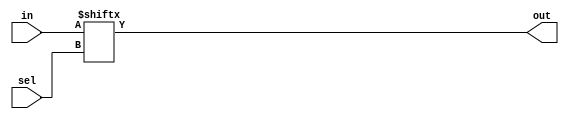
module MUX_2x1(out, in, sel);
    output out;
    input [1:0] in;
    input sel;
    assign out = in[sel];
endmodule

module MUX_8x1(out, in, sel);
    output out;
    input [7:0] in;
    input [2:0] sel;
    assign out = in[sel];
endmodule

module MUX_ARRAY(out, in, sel);
    output [7:0] out;
    input [7:0] in, sel;
    genvar i;
    parameter n = 8;
    generate
        for(i=0; i<n; i=i+1)
            MUX_2x1 m(out[i], {in[i], 1'b0}, sel[i]);
    endgenerate
endmodule

module COUNTER_3BIT(q, clk, reset);
    output reg [2:0] q;
    input clk, reset;

    initial q <= 3'b111;
    always @(posedge clk or negedge reset) begin
        if(!reset) q <= 3'b000;
        else q <= q + 1;
    end
endmodule

module DECODER(out, in, en);
    output reg [7:0] out;
    input [2:0] in;
    input en;

    always @(*) begin
        if(en) out = 1 << in;
    end
endmodule

module MEMORY(out, in);
    output [7:0] out;
    input [2:0] in;
    reg [7:0] mem[0:7];

    assign out = mem[in];
    initial begin
        mem[0] = 8'h01;
        mem[1] = 8'h03;
        mem[2] = 8'h07;
        mem[3] = 8'h0F;
        mem[4] = 8'h1F;
        mem[5] = 8'h3F;
        mem[6] = 8'h7F;
        mem[7] = 8'hFF;
    end
endmodule

module TOP_MODULE(o, s, clk, reset);
    output o;
    input clk, reset;
    input [2:0] s;
    wire [2:0] q;
    wire [7:0] out, outflip, sel, e;

    COUNTER_3BIT c(q, clk, reset);
    DECODER d(out, q, 1'b1);
    assign outflip = out;//{out[0], out[1], out[2], out[3], out[4], out[5], out[6], out[7]};
    MUX_ARRAY ma(e, outflip, sel);
    MEMORY mem(sel, s);
    MUX_8x1 m8(o, e, q);
endmodule

module TestBench;
    reg [2:0] s;
    reg clk, reset;
    wire o;
    TOP_MODULE t(o, s, clk, reset);

    initial begin
        $dumpfile("t.vcd");
        $dumpvars;
    end

    initial begin
        #1 clk = 1'b0;
        repeat(100)
            #1 clk = ~clk;
    end

    initial begin
        $monitor($time, " s=%b, reset=%b, o=%b, clk=%b", s, reset, o, clk);
        reset = 1'b0;
        #1 reset = 1'b1; s = 3'b000;
        #8 s = 3'b001;
        #8 s = 3'b010;
        #8 s = 3'b011;
        #8 s = 3'b100;
        #8 s = 3'b101;
        #8 s = 3'b110;
        #8 s = 3'b111;
        #8 $finish;
    end
endmodule